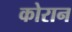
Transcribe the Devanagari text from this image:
कोरान